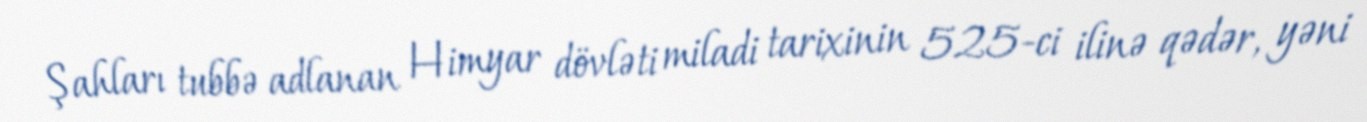
Şahları tubbə adlanan Himyar dövləti miladi tarixinin 525-ci ilinə qədər, yəni